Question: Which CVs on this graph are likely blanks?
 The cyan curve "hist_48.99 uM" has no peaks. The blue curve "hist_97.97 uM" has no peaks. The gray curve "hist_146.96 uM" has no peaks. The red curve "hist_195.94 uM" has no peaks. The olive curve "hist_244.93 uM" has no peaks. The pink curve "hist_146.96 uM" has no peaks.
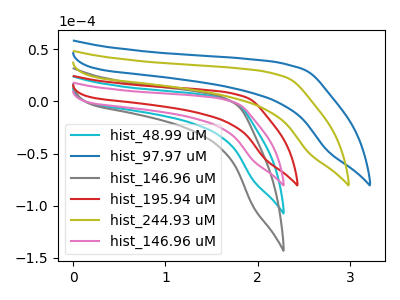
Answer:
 <answer>"hist_48.99 uM", "hist_97.97 uM", "hist_146.96 uM", "hist_195.94 uM", "hist_244.93 uM" and "hist_146.96 uM" are likely to be blanks.</answer>
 <eval>"hist_48.99 uM", "hist_97.97 uM", "hist_146.96 uM", "hist_195.94 uM", "hist_244.93 uM", "hist_146.96 uM"</eval>